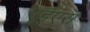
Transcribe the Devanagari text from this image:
एईएस